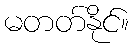
မတတ်နိုင်။